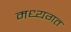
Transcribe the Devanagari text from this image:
मध्यगत